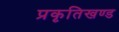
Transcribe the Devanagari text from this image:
प्रकृतिखण्ड